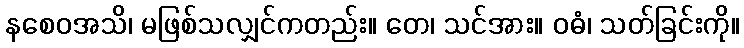
နစေဝအသိ၊ မဖြစ်သလျှင်ကတည်း။ တေ၊ သင်အား။ ဝဓံ၊ သတ်ခြင်းကို။